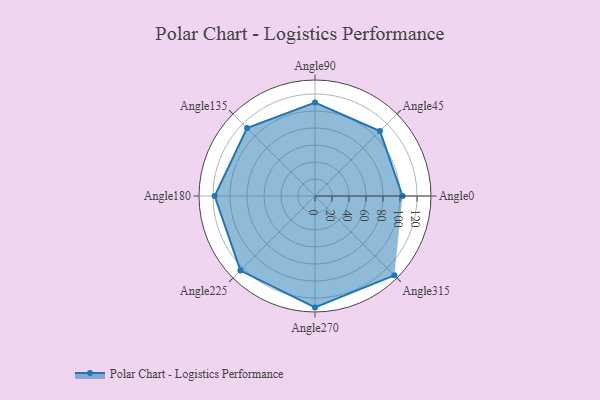
{"axis": {"x": "Angle", "y": "Radius"}, "legend": [""], "data": [{"x": "Angle0", "y": 103.0, "type": ""}, {"x": "Angle45", "y": 108.0, "type": ""}, {"x": "Angle90", "y": 110.0, "type": ""}, {"x": "Angle135", "y": 113.0, "type": ""}, {"x": "Angle180", "y": 118.0, "type": ""}, {"x": "Angle225", "y": 124.0, "type": ""}, {"x": "Angle270", "y": 131.0, "type": ""}, {"x": "Angle315", "y": 132.0, "type": ""}]}